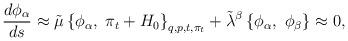
LaTeX: \begin{align*}{d{\phi_\alpha} \over ds}\approx\tilde\mu\left\{ \phi_\alpha, \ \pi_t+H_0 \right\}_{q,p,t,\pi_t} +{\tilde\lambda}^\beta\left\{\phi_\alpha, \ \phi_\beta \right\}\approx0,\end{align*}